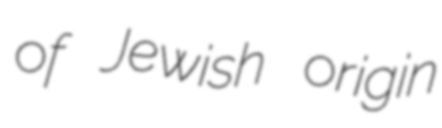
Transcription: of Jewish origin